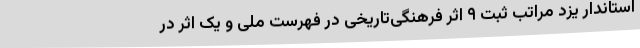
استاندار یزد مراتب ثبت ۹ اثر فرهنگی‌تاریخی در فهرست ملی و یک اثر در